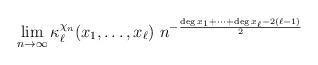
LaTeX: \begin{align*} \lim_{n\to\infty} \kappa^{\chi_n}_{\ell}(x_{1},\dots,x_{\ell})\ n^{- \frac{\deg x_1+ \cdots + \deg x_\ell - 2(\ell-1)}{2}} \end{align*}